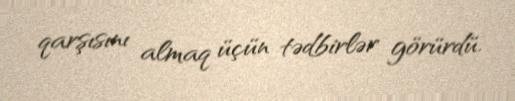
qarşısını almaq üçün tədbirlər görürdü.